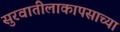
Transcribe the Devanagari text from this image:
सुरवातीलाकापसाच्या